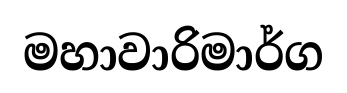
මහාවාරිමාර්ග